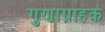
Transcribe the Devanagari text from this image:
गुणाग्राहक